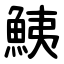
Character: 鮧